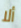
ألا